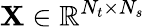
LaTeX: \mathbf{X}\in\mathbb{R}^{N_{t}\times N_{s}}